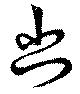
幽